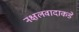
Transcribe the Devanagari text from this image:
नक्षलवादाकडे